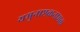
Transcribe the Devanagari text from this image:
यमुनाष्टकनामक